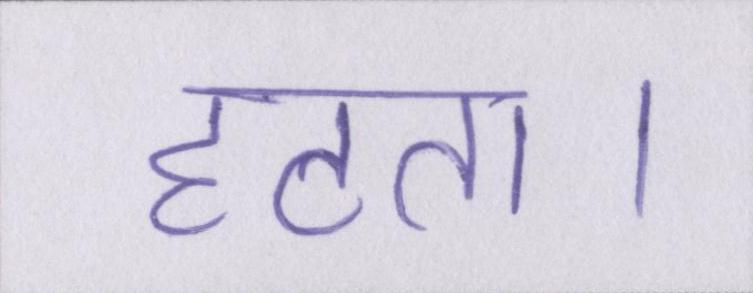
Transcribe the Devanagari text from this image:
हटता।